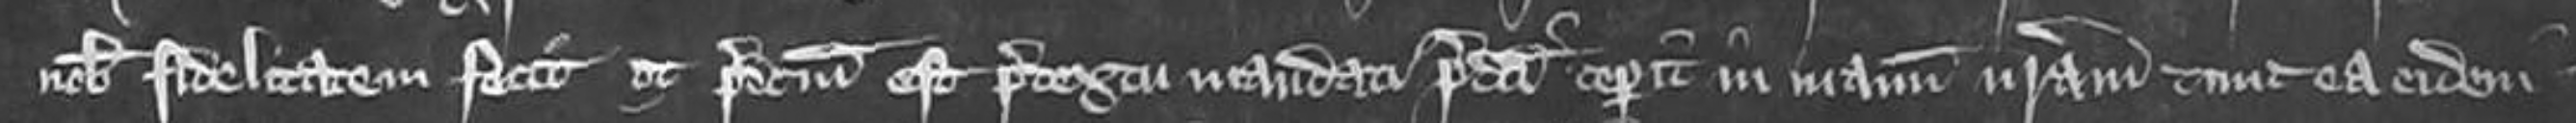
nobis fidelitatem fecit ut predictum est pretextu mandati predicti ceperit in manum nostram tunc ea eidem